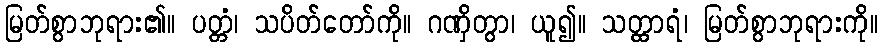
မြတ်စွာဘုရား၏။ ပတ္တံ၊ သပိတ်တော်ကို။ ဂဏှိတွာ၊ ယူ၍။ သတ္ထာရံ၊ မြတ်စွာဘုရားကို။